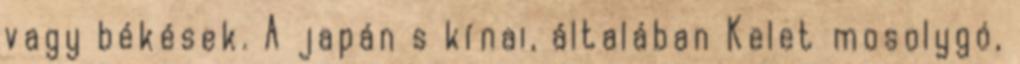
vagy békések. A japán s kínai, általában Kelet mosolygó,